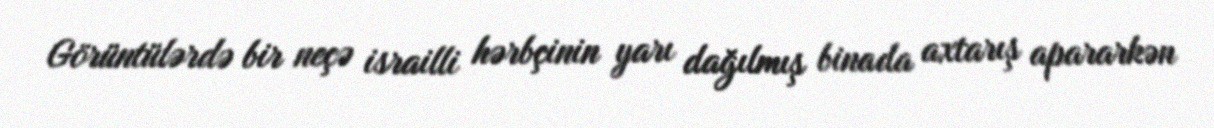
Görüntülərdə bir neçə israilli hərbçinin yarı dağılmış binada axtarış apararkən